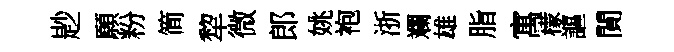
尟願粉简犂微郎姚袍浙斕雄脂寓檬謳閴